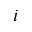
i